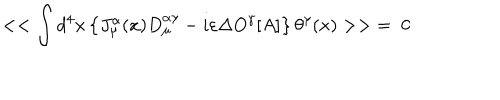
LaTeX: < < \int d ^ { 4 } x \left\{ J _ { \mu } ^ { \alpha } ( x ) D _ { \mu } ^ { \alpha \gamma } - i \varepsilon \Delta O ^ { \gamma } [ A ] \right\} \theta ^ { \gamma } ( x ) > > \; = \; 0